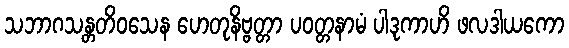
သဘာဂသန္တတိဝသေန ဟေတုနိဗ္ဗတ္တာ ပဝတ္တနာမံ ပါဒုကာဟိ ဖလဒါယကော